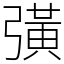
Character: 彉